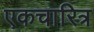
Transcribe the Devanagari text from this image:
एकचारित्र